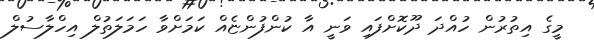
މީގެ އިތުރުން ހުއްދަ ދޫކޮށްފައި ވަނީ އާ ކުންފުންޏެއް ކަމަށްވާ ހަމަލަތުލް އިހްލާސުލް